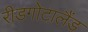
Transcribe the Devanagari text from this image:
रीडगोटालैंड